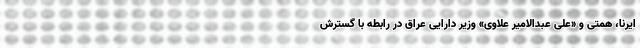
ایرنا، همتی و «علی عبدالامیر علاوی» وزیر دارایی عراق در رابطه با گسترش